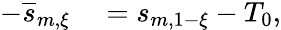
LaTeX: \begin{array}{rl}{-\overline{{s}}_{m,\xi}}&{{}=s_{m,1-\xi}-T_{0},}\end{array}